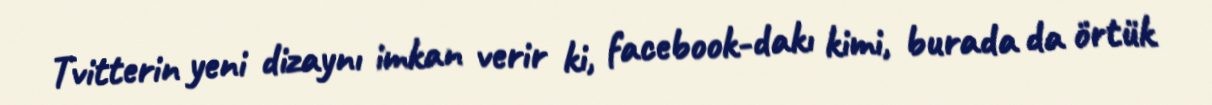
Tvitterin yeni dizaynı imkan verir ki, facebook-dakı kimi, burada da örtük